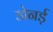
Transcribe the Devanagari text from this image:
डोनर्ड़